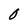
Character: 0